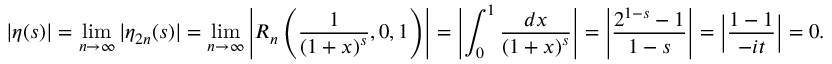
| \eta ( s ) | = \operatorname* { l i m } _ { n \to \infty } | \eta _ { 2 n } ( s ) | = \operatorname* { l i m } _ { n \to \infty } \left| R _ { n } \left( { \frac { 1 } { { ( 1 + x ) } ^ { s } } } , 0 , 1 \right) \right| = \left| \int _ { 0 } ^ { 1 } { \frac { d x } { { ( 1 + x ) } ^ { s } } } \right| = \left| { \frac { 2 ^ { 1 - s } - 1 } { 1 - s } } \right| = \left| { \frac { 1 - 1 } { - i t } } \right| = 0 .